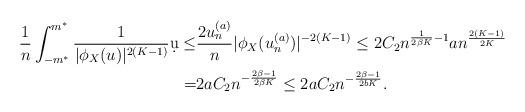
LaTeX: \begin{align*}\frac{1}{n}\int_{-m^*}^{m^*} \frac{1}{|\phi_X(u)|^{2(K-1)} } \d u\leq & \frac{ 2u_n^{(a)} }{n} |\phi_X(u_n^{(a)})|^{-2(K-1) } \leq 2 C_2 n^{\frac{1}{2\beta K} -1 } a n^{\frac{2(K-1) }{2K } } \\=& 2a C_2 n^{-\frac{2\beta -1}{2\beta K} } \leq 2a C_2 n^{-\frac{2\beta -1}{2b K} } .\end{align*}